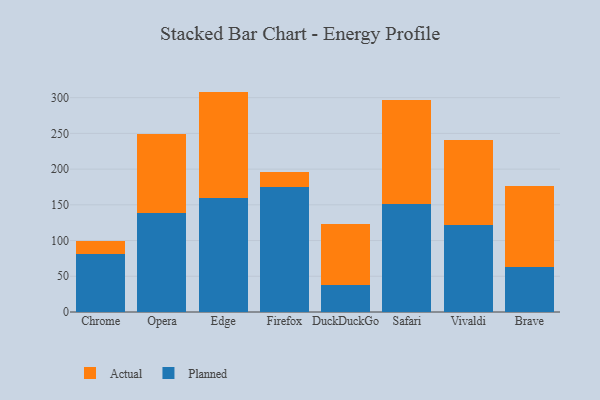
{"axis": {"x": "Browser", "y": "LTV (USD)"}, "legend": ["Actual", "Planned"], "data": [{"x": "Chrome", "y": 81.8, "type": "Planned"}, {"x": "Chrome", "y": 17.8, "type": "Actual"}, {"x": "Opera", "y": 138.7, "type": "Planned"}, {"x": "Opera", "y": 110.6, "type": "Actual"}, {"x": "Edge", "y": 160.0, "type": "Planned"}, {"x": "Edge", "y": 148.5, "type": "Actual"}, {"x": "Firefox", "y": 174.4, "type": "Planned"}, {"x": "Firefox", "y": 22.2, "type": "Actual"}, {"x": "DuckDuckGo", "y": 37.6, "type": "Planned"}, {"x": "DuckDuckGo", "y": 85.3, "type": "Actual"}, {"x": "Safari", "y": 150.5, "type": "Planned"}, {"x": "Safari", "y": 146.5, "type": "Actual"}, {"x": "Vivaldi", "y": 121.8, "type": "Planned"}, {"x": "Vivaldi", "y": 118.3, "type": "Actual"}, {"x": "Brave", "y": 63.0, "type": "Planned"}, {"x": "Brave", "y": 113.1, "type": "Actual"}]}